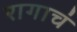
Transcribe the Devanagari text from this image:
रागाचं